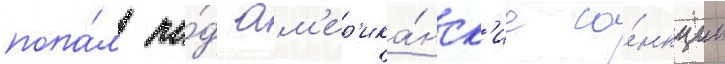
попа́л по́д ам'ер'ика́нск'ие са́нкции